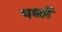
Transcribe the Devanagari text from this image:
पर्श्ले